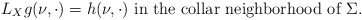
\begin{align*}L_X g (\nu, \cdot) = h(\nu, \cdot) \mbox{ in the collar neighborhood of } \Sigma. \end{align*}